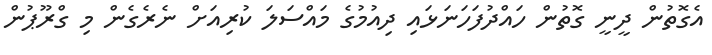
އެގޮތުން ދީނީ ގޮތުން ހައްދުފަހަނަޅައި ދިއުމުގެ މައްސަލަ ކުރިއަށް ނެރެގެން މި ގްރޫޕުން